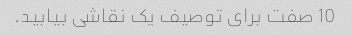
10 صفت برای توصیف یک نقاشی بیابید.